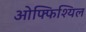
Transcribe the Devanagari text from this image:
ओफ्फिश्यिल